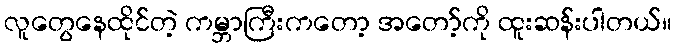
လူတွေနေထိုင်တဲ့ ကမ္ဘာကြီးကတော့ အတော့်ကို ထူးဆန်းပါတယ်။